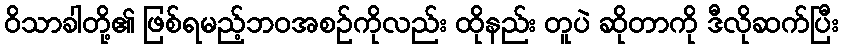
ဝိသာခါတို့၏ ဖြစ်ရမည့်ဘဝအစဉ်ကိုလည်း ထိုနည်း တူပဲ ဆိုတာကို ဒီလိုဆက်ပြီး